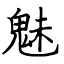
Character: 魅